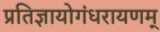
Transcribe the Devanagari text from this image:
प्रतिज्ञायोगंधरायणम्